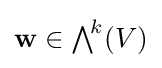
\mathbf {w} \in {\textstyle \bigwedge }^{\!k}(V)